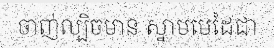
ចាញ់ល្បិចមាន ស្នាមមេដៃជា